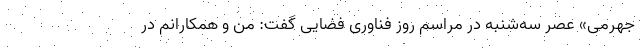
جهرمی» عصر سه‌شنبه در مراسم روز فناوری فضایی گفت: من و همکارانم در